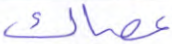
عصاك